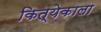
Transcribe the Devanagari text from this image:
कित्येकाला